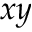
x y